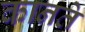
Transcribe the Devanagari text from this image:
कानते